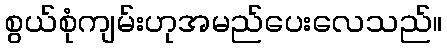
စွယ်စုံကျမ်းဟုအမည်ပေးလေသည်။